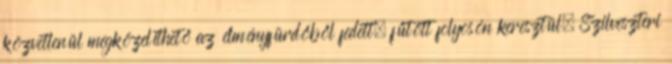
közvetlenül megközelíthető az élményfürdőből fedett, fűtött folyosón keresztül. Szilveszteri